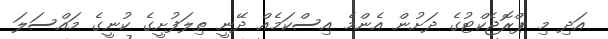
އަދި މި ޕްރޮޖެކްޓުގެ ދަށުން އެންމެ އިސްކަމެއް ދޭނީ ތިލަފުށީގެ ކުނީގެ މައްސަލަ